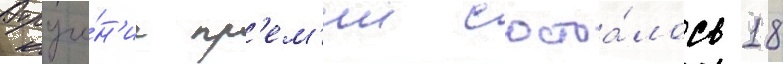
Вруче́н'ие пр'ем'ии состоа́лось 18